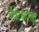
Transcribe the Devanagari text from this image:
देवेरकोंडा